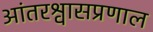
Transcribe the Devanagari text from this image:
आंतरश्वासप्रणाल